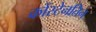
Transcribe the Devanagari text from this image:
कोंस्टेनतिन